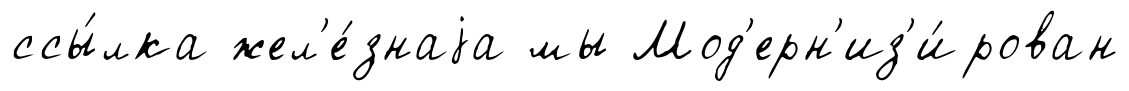
ссы́лка жел'е́знаjа мы Мод'ерн'из'и́рован